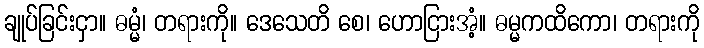
ချုပ်ခြင်းငှာ။ ဓမ္မံ၊ တရားကို။ ဒေသေတိ စေ၊ ဟောငြားအံ့။ ဓမ္မကထိကော၊ တရားကို